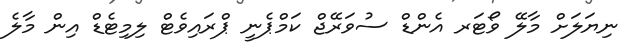
ނިޔަލަށް މާލޭ ވޯޓަރ އެންޑް ސުވަރޭޖް ކަމްޕެނީ ޕްރައިވެޓް ލިމިޓެޑް އިން މާލެ